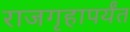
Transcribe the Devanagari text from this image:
राजगृहापर्यंत